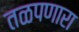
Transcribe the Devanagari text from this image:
तळपणारा